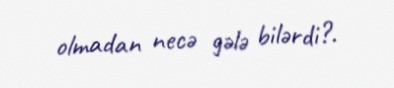
olmadan necə gələ bilərdi?.